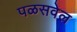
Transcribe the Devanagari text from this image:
पळसवेल